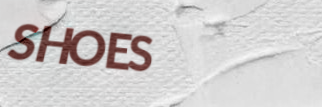
SHOES